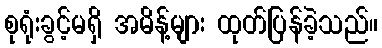
စုရုံးခွင့်မရှိ အမိန့်များ ထုတ်ပြန်ခဲ့သည်။